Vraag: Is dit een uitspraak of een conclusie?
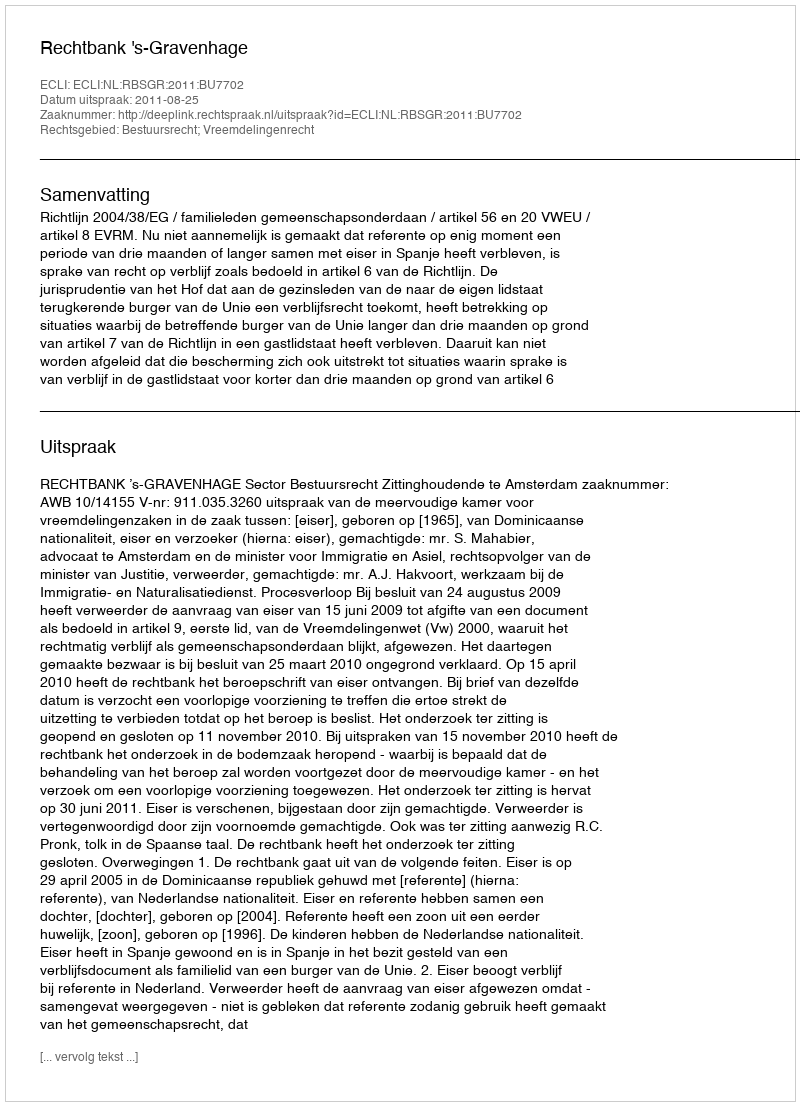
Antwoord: Uitspraak